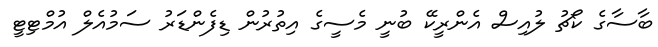
ބާސާގެ ކޯޗު ލުއިސް އެންރީކޭ ބުނީ މެސީގެ އިތުރުން ޑިފެންޑަރު ސަމުއެލް އުމްޓިޓީ